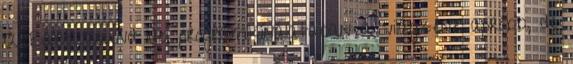
A Babel Sound idei programkínálatában a világzene apróbb, de